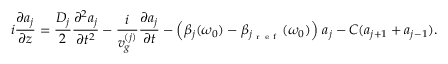
i \frac { \partial a _ { j } } { \partial z } = \frac { D _ { j } } { 2 } \frac { \partial ^ { 2 } a _ { j } } { \partial t ^ { 2 } } - \frac { i } { v _ { g } ^ { ( j ) } } \frac { \partial a _ { j } } { \partial t } - \left( \beta _ { j } ( \omega _ { 0 } ) - \beta _ { j _ { \mathrm { ~ r ~ e ~ f ~ } } } ( \omega _ { 0 } ) \right) \, a _ { j } - C ( a _ { j + 1 } + a _ { j - 1 } ) .